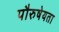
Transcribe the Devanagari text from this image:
पौरुषेयता